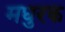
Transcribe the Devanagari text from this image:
मधुरक